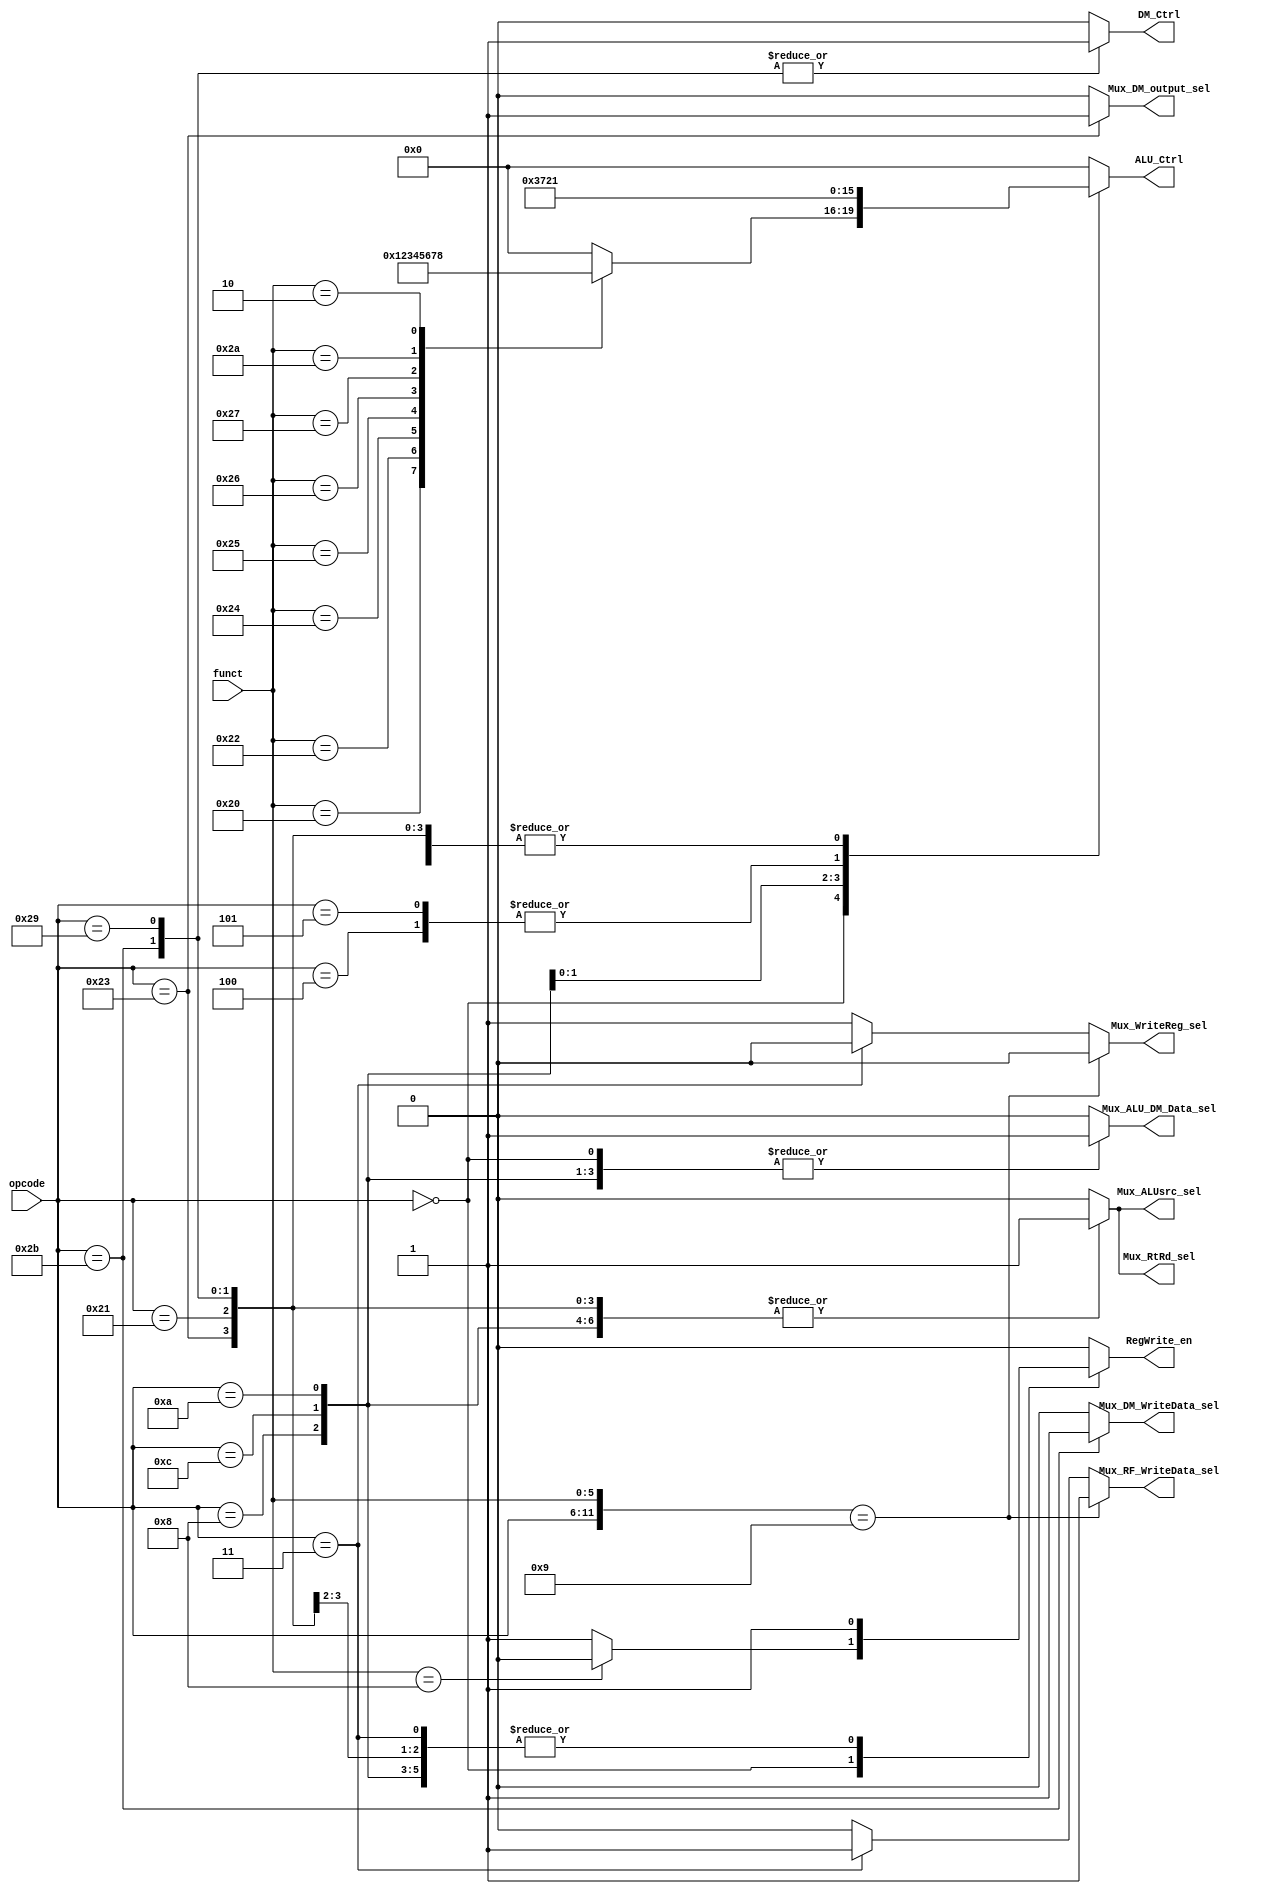
// Controller

module Controller ( //opcode,
					//funct,
					// write your code in here (output)
					
	input  [5:0] opcode,
    input  [5:0] funct,

	// write your code in here
	output reg Mux_RF_WriteData_sel,
	output reg Mux_RtRd_sel,
	output reg Mux_WriteReg_sel,
	output reg Mux_ALUsrc_sel,
	output reg Mux_DM_WriteData_sel,
	output reg Mux_DM_output_sel,
	output reg Mux_ALU_DM_Data_sel,
	output reg [3:0] ALU_Ctrl,
	
	output reg RegWrite_en,
	output reg DM_Ctrl
);
	
	// ALU_Ctrl
	always @(*) begin
		ALU_Ctrl = 0;
		case(opcode)
			6'b000000 : begin
				case(funct) 
					6'b000000 : ALU_Ctrl = 0;  // No operation v sll do shamt
					6'b100000 : ALU_Ctrl = 1;  // add do add
					6'b100010 : ALU_Ctrl = 2;  // sub do sub
					6'b100100 : ALU_Ctrl = 3;  // and do and
					6'b100101 : ALU_Ctrl = 4;  // or  do or
					6'b100110 : ALU_Ctrl = 5;  // xor do xor
					6'b100111 : ALU_Ctrl = 6;  // nor do nor
				
					6'b101010 : ALU_Ctrl = 7;  // slt do sub        // extra ctrl
					6'b000010 : ALU_Ctrl = 8;  // srl do shamt      // extra ctrl
				endcase
			end			
			6'b001000 :	ALU_Ctrl = 1; // addi do add
			
			6'b001100 : ALU_Ctrl = 3; // andi do and
			
			6'b001010 : ALU_Ctrl = 7; // slti do sub
			
			6'b000100 : ALU_Ctrl = 2; // beq  do sub
			6'b000101 : ALU_Ctrl = 2; // bne  do sub
			
			6'b100011 : ALU_Ctrl = 1; // lw   do add
			6'b100001 : ALU_Ctrl = 1; // lh   do add
			6'b101011 : ALU_Ctrl = 1; // sw   do add
			6'b101001 : ALU_Ctrl = 1; // sh   do add
		endcase	 
	end
		
	// Mux_RF_WriteData_sel   // 1
	always @(*) begin		
		if({opcode, funct} == 12'b000000_001001)
			Mux_RF_WriteData_sel = 1;  // R-Format : jalr
		else if(opcode == 6'b000011)
			Mux_RF_WriteData_sel = 1;  // J-Format : jal
		else	
			Mux_RF_WriteData_sel = 0;
	end
	
	// Mux_WriteReg_sel       // 3
	always @(*) begin
		if({opcode, funct} == 12'b000000_001001)
			Mux_WriteReg_sel = 0;  // R-Format : jalr
		else if(opcode == 6'b000011)
			Mux_WriteReg_sel = 0;  // J-Format : jal
		else
			Mux_WriteReg_sel = 1;
	end
	
	always @(*) begin
		Mux_RtRd_sel = 0;         // 2		
		Mux_ALUsrc_sel =0;        // 4
		Mux_DM_WriteData_sel = 0; // 5
		Mux_DM_output_sel = 0;    // 6
		Mux_ALU_DM_Data_sel = 0;  // 7
		RegWrite_en = 0;
		DM_Ctrl   = 0;
		case(opcode)
			6'b000000 : begin             // R-Format, exclude jalr				
				Mux_RtRd_sel = 0;         // 2		
				Mux_ALUsrc_sel =0;        // 4
				Mux_DM_WriteData_sel = 0; // 5
				Mux_DM_output_sel = 0;    // 6
				Mux_ALU_DM_Data_sel = 1;  // 7
				DM_Ctrl = 0;
				if(funct == 6'b001000) // jr not write data to RF
					RegWrite_en = 0;
				else
					RegWrite_en = 1;
			end
						
			6'b001000 : begin // addi     // I-Format,
				Mux_RtRd_sel = 1;         // 2		
				Mux_ALUsrc_sel = 1;       // 4
				Mux_DM_WriteData_sel = 0; // 5
				Mux_DM_output_sel = 0;    // 6
				Mux_ALU_DM_Data_sel = 1;  // 7
				RegWrite_en = 1;
				DM_Ctrl = 0;
			end
			
			6'b001100 : begin // andi     // I-Format
				Mux_RtRd_sel = 1;         // 2		
				Mux_ALUsrc_sel = 1;       // 4
				Mux_DM_WriteData_sel = 0; // 5
				Mux_DM_output_sel = 0;    // 6
				Mux_ALU_DM_Data_sel = 1;  // 7
				RegWrite_en = 1;
				DM_Ctrl = 0;
			end
			
			6'b001010 : begin // slti     // I-Format
				Mux_RtRd_sel = 1;         // 2		
				Mux_ALUsrc_sel = 1;       // 4
				Mux_DM_WriteData_sel = 0; // 5
				Mux_DM_output_sel = 0;    // 6
				Mux_ALU_DM_Data_sel = 1;  // 7
				RegWrite_en = 1;
				DM_Ctrl = 0;
			end
			
			6'b000100 : begin // beq      // I-Format
				Mux_RtRd_sel = 0;         // 2		
				Mux_ALUsrc_sel = 0;       // 4
				Mux_DM_WriteData_sel = 0; // 5
				Mux_DM_output_sel = 0;    // 6
				Mux_ALU_DM_Data_sel = 0;  // 7	
				RegWrite_en = 0;
				DM_Ctrl = 0;
			end
			
			6'b000101 : begin // bne      // I-Format
				Mux_RtRd_sel = 0;         // 2		
				Mux_ALUsrc_sel = 0;       // 4
				Mux_DM_WriteData_sel = 0; // 5
				Mux_DM_output_sel = 0;    // 6
				Mux_ALU_DM_Data_sel = 0;  // 7	
				RegWrite_en = 0;
				DM_Ctrl = 0;
			end
			
			6'b100011 : begin // lw       // I-Format
				Mux_RtRd_sel = 1;         // 2		
				Mux_ALUsrc_sel = 1;       // 4
				Mux_DM_WriteData_sel = 0; // 5
				Mux_DM_output_sel = 1;    // 6
				Mux_ALU_DM_Data_sel = 0;  // 7
				RegWrite_en = 1;
				DM_Ctrl = 0;
			end
			
			6'b100001 : begin // lh       // I-Format
				Mux_RtRd_sel = 1;         // 2		
				Mux_ALUsrc_sel = 1;       // 4
				Mux_DM_WriteData_sel = 0; // 5
				Mux_DM_output_sel = 0;    // 6
				Mux_ALU_DM_Data_sel = 0;  // 7
				RegWrite_en = 1;
				DM_Ctrl = 0;
			end
			
			6'b101011 : begin // sw       // I-Format
				Mux_RtRd_sel = 1;         // 2		
				Mux_ALUsrc_sel = 1;       // 4
				Mux_DM_WriteData_sel = 1; // 5
				Mux_DM_output_sel = 0;    // 6
				Mux_ALU_DM_Data_sel = 0;  // 7
				RegWrite_en = 0;
				DM_Ctrl = 1;
			end
			
			6'b101001 : begin // sh       // I-Format
				Mux_RtRd_sel = 1;         // 2		
				Mux_ALUsrc_sel = 1;       // 4
				Mux_DM_WriteData_sel = 0; // 5
				Mux_DM_output_sel = 0;    // 6
				Mux_ALU_DM_Data_sel = 0;  // 7
				RegWrite_en = 0;
				DM_Ctrl = 1;
			end
			
			6'b000010 : begin // j        // J-Format
				Mux_RtRd_sel = 0;         // 2		
				Mux_ALUsrc_sel = 0;       // 4
				Mux_DM_WriteData_sel = 0; // 5
				Mux_DM_output_sel = 0;    // 6
				Mux_ALU_DM_Data_sel = 0;  // 7
				RegWrite_en = 0;
			end
			
			6'b000011 : begin // jal      // J-Format
				Mux_RtRd_sel = 0;         // 2		
				Mux_ALUsrc_sel = 0;       // 4
				Mux_DM_WriteData_sel = 0; // 5
				Mux_DM_output_sel = 0;    // 6
				Mux_ALU_DM_Data_sel = 0;  // 7
				RegWrite_en = 1;
			end
		endcase
	end
	
endmodule